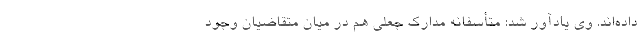
داده‌اند. وی یادآور شد: متأسفانه مدارک جعلی هم در میان متقاضیان وجود